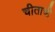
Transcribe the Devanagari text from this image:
चीताची